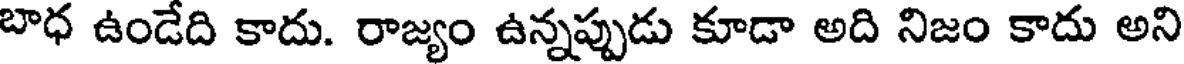
బాధ ఉండేది కాదు. రాజ్యం ఉన్నప్పుడు కూడా అది నిజం కాదు అని